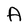
Character: A